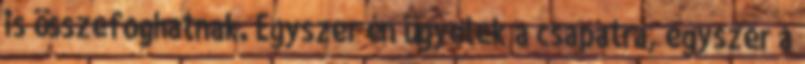
is összefoghatnak. Egyszer én ügyelek a csapatra, egyszer a